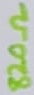
Text: 820Ω